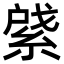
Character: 䋯